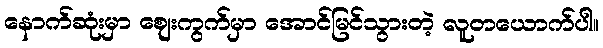
နောက်ဆုံးမှာ ဈေးကွက်မှာ အောင်မြင်သွားတဲ့ လူတယောက်ပါ။